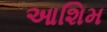
આશિમ